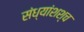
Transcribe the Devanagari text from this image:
संध्यांशश्च